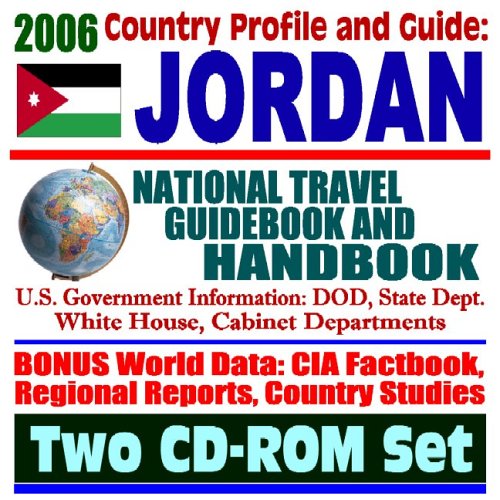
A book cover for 2006 Country Profile and Guide to Jordan: National Travel Guidebook and Handbook (Two CD-ROM Set); U.S. Government; Travel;